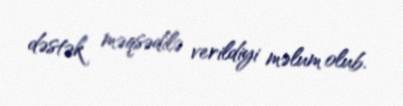
dəstək məqsədilə verildiyi məlum olub.